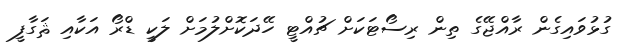
ގުޅުވައިގެން ރާއްޖޭގެ ތިން ރިސޯޓަކަށް ޗުއްޓީ ހޭދަކޮށްލުމަށް ލަކީ ޑްރޯ އަކާއި ޘަގާފީ